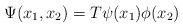
LaTeX: \begin{align*}\Psi(x_1,x_2)=T\psi(x_1)\phi(x_2) \end{align*}